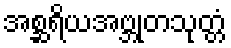
အစ္ဆရိယအဗ္ဘုတသုတ္တံ